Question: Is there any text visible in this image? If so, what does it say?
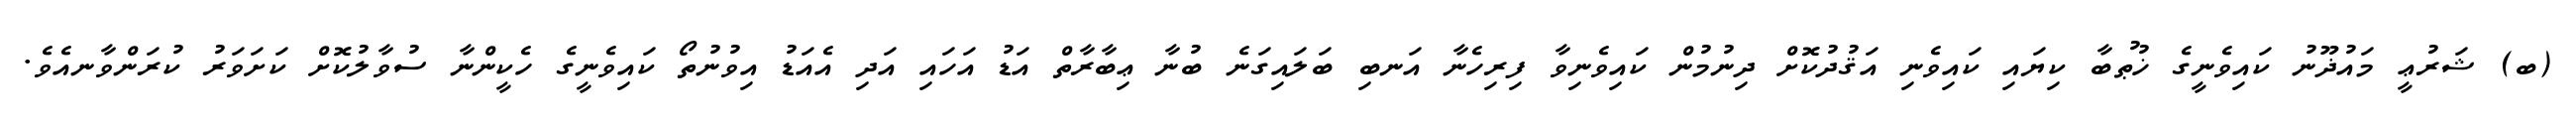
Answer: (ބ) ޝަރުޢީ މައުޛޫނު ކައިވެނީގެ ޚުޠުބާ ކިޔައި ކައިވެނި އަޤުދުކޮށް ދިނުމުން ކައިވެނިވާ ފިރިހެނާ އަނބި ބަލައިގަނެ ބުނާ ޢިބާރާތް އަޑު އަހައި އަދި އެއަޑު އިވުނުތޯ ކައިވެނީގެ ހެކީންނާ ސުވާލުކޮށް ކަށަވަރު ކުރަންވާނއެވެ.